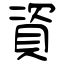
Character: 資